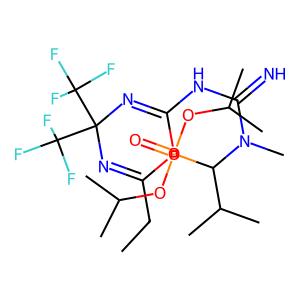
SMILES: CCC1=NC(C(F)(F)F)(C(F)(F)F)N=C(NC(=N)N(C)C(C(C)C)P(=O)(OC(C)C)OC(C)C)O1
Inhibits HIV replication: No